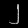
Digit: ၂